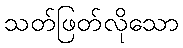
သတ်ဖြတ်လိုသော